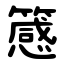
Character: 䉞